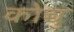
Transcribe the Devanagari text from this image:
कोच्चु